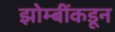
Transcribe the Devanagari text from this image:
झोम्बींकडून